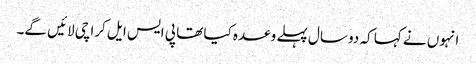
انہوں نے کہا کہ دو سال پہلے وعدہ کیا تھا پی ایس ایل کراچی لائیں گے۔